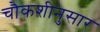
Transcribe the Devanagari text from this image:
चौकशीनुसार